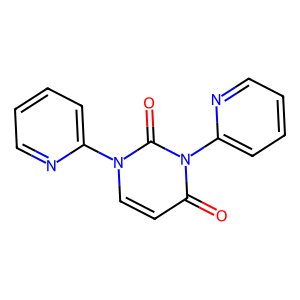
SMILES: O=c1ccn(-c2ccccn2)c(=O)n1-c1ccccn1
Inhibits HIV replication: No